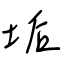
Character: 垢